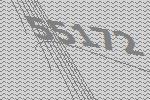
55172